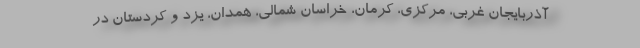
آذربایجان غربی، مرکزی، کرمان، خراسان شمالی، همدان، یزد و کردستان در